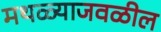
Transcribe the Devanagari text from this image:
मथळ्याजवळील